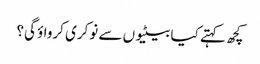
کچھ کہتے کیا بیٹیوں سے نوکری کرواؤ گی؟